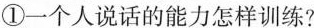
①一个人说话的能力怎样训练?